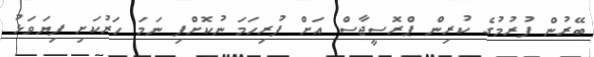
ބޭރުން ފުރުމުގެ ކުރިން ޕްރޮސީޖާސް އަށް ފުރިހަމަ ނުކޮށްފި ނަމަ ހަރުކަށި ފިޔަވަޅު